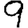
Digit: 9